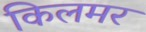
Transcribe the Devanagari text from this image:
किलमर